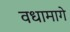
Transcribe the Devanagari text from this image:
वधामागे